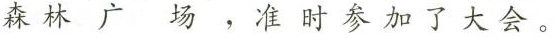
森林广场，准时参加了大会。